Annual vaccination report of Bihar and Orissa - 1911-1928
Year: 1911
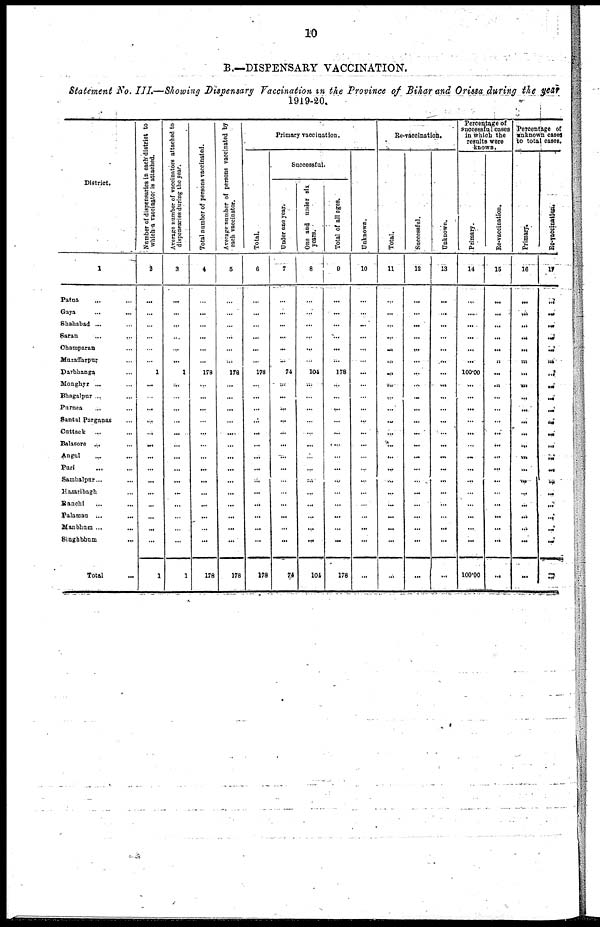
10
B.—DISPENSARY VACCINATION.
Statement No. III.—Showing Dispensary Vaccination in the Province of Bihar and Orissa during the year
1919-20.
District.
1
Patna ... ...
Gaya ... ...
Shahabad ... ...
Saran
...
...
Champaran ...
Muzaffarpur ...
Darbhanga ...
Monghyr ... ...
Bhagalpur ... ...
Purnea ... ...
Santal Parganas ...
Cattack ... ...
Balasore
...
...
Angal
...
...
Puri ... ...
Sambalpur
...
...
Hazaribagh
...
Ranchi ... ...
Palamau
...
...
Manbhum
...
...
Singhbhum
...
Total ...
Number of dispensaries in each district to
which a vaccinator in attached.
2
...
...
...
...
...
...
1
...
...
...
...
...
...
...
...
...
...
...
...
...
...
1
Average number of vaccinators attached to
dispensaries during the year.
3
...
...
...
...
...
...
1
...
...
...
...
...
...
...
...
...
...
...
...
...
...
1
Total number of persons vaccinated.
4
...
...
...
...
...
...
178
...
...
...
...
...
...
...
...
...
...
...
...
...
...
178
Average number of persons vaccinated by
each vaccinator.
5
...
...
...
...
...
...
178
...
...
...
...
...
...
...
...
...
...
...
...
...
...
178
Primary vaccination.
Total.
6
...
...
...
...
...
...
178
...
...
...
...
...
...
...
...
...
...
...
...
...
...
178
Successful.
Under one year.
7
...
...
...
...
...
...
74
...
...
...
...
...
...
...
...
...
...
...
...
...
...
74
One and under six
years.
8
...
...
...
...
...
...
104
...
...
...
...
...
...
...
...
...
...
...
...
...
...
104
Total of all ages.
9
...
...
...
...
...
...
178
...
...
...
...
...
...
...
...
...
...
...
...
...
...
178
Unknown.
10
...
...
...
...
...
...
...
...
...
...
...
...
...
...
...
...
...
...
...
...
...
...
Re-vaccination.
Total.
11
...
...
...
...
...
...
...
...
...
...
...
...
...
...
...
...
...
...
...
...
...
...
Successful.
12
...
...
...
...
...
...
...
...
...
...
...
...
...
...
...
...
...
...
...
...
...
...
Unknown.
13
...
...
...
...
...
...
...
...
...
...
...
...
...
...
...
...
...
...
...
...
...
...
Percentage of
successful cases
in which the
results were
known.
Primary.
14
...
...
...
...
...
...
100.00
...
...
...
...
...
...
...
...
...
...
...
...
...
...
100.00
Re-vaccination.
15
...
...
...
...
...
...
...
...
...
...
...
...
...
...
...
...
...
...
...
...
...
...
Percentage of
unknown cases
to total cases.
Primary.
16
...
...
...
...
...
...
...
...
...
....
...
...
...
...
...
...
...
...
...
...
...
...
Re-vaccination.
17
...
...
...
...
...
...
...
...
...
...
...
...
...
...
...
...
...
...
...
...
...
...